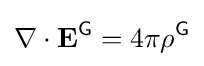
\nabla \cdot \mathbf {E} ^{\textsf {G}}=4\pi \rho ^{\textsf {G}}